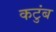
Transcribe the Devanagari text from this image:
कटुंब